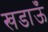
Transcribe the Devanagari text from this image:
खडाऊँ